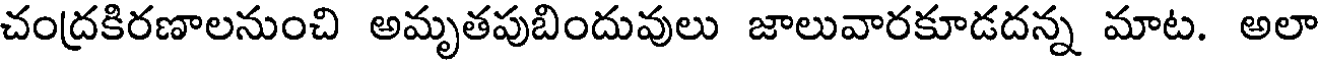
చంద్రకిరణాలనుంచి అమృతపుబిందువులు జాలువారకూడదన్న మాట. అలా